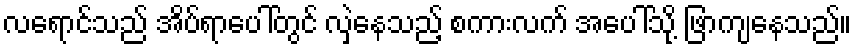
လရောင်သည် အိပ်ရာပေါ်တွင် လှဲနေသည့် စကားလက် အပေါ်သို့ ဖြာကျနေသည်။